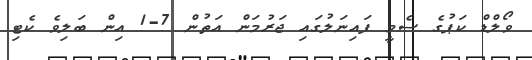
ވޯލްޑް ކަޕުގެ ސެމީ ފައިނަލުގައި ޖަރުމަން އަތުން 7-1 އިން ބަލިވެ ކެޓި